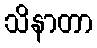
သိနာတာ